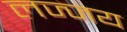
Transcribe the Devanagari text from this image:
लज्जय